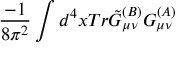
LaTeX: \frac { - 1 } { 8 \pi ^ { 2 } } \int d ^ { 4 } x T r \tilde { G } _ { \mu \nu } ^ { ( B ) } G _ { \mu \nu } ^ { ( A ) }